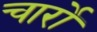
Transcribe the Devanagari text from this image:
चार्रो